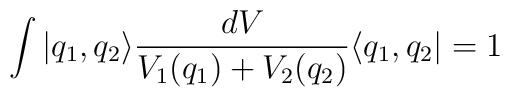
\int  |q_{1},q_{2}\rangle \frac{dV}{V_{1}(q_{1}) + V_{2}(q_{2})}\langle q_{1},q_{2}| = 1